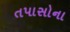
તપાસોના